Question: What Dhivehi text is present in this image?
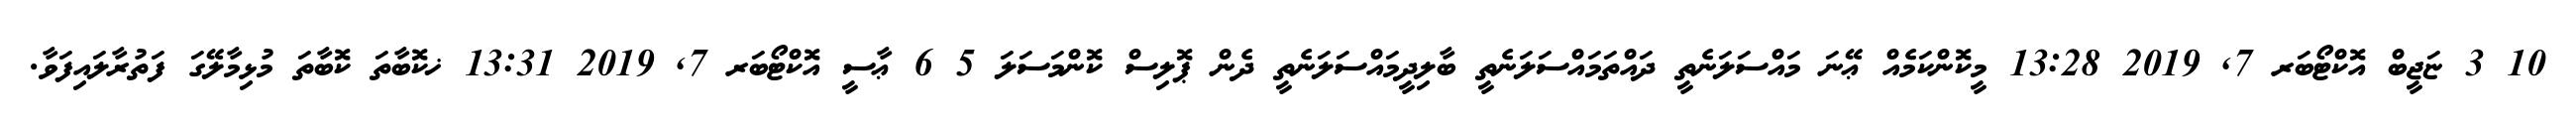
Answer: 10 3 ޏަޖީބް އޮކްޓޯބަރ 7, 2019 13:28 މީކޮންކަމެއް ޢޭނަ މައްސަލަނެތީ ދައްތަމައްސަލަނެތީ ބާލިދީމައްސަލަނެތީ ދެން ޕޮލިސް ކޮންމަސަލަ 5 6 ޢާސީ އޮކްޓޯބަރ 7, 2019 13:31 ޚކޮބާތަ ކޮބާތަ މުޅިމާލޭގަ ފަތުރާލައިފަވާ.